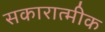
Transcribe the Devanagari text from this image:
सकारात्मीक